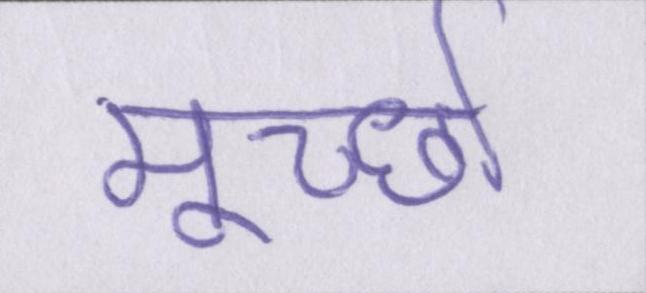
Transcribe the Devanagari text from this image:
मूर्च्छा